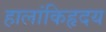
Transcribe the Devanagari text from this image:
हालांकिहृदय